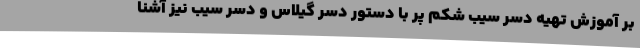
بر آموزش تهیه دسر سیب شکم پر با دستور دسر گیلاس و دسر سیب نیز آشنا